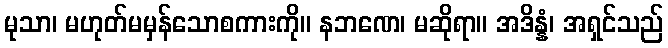
မုသာ၊ မဟုတ်မမှန်သောစကားကို။ နဘဏေ၊ မဆိုရာ။ အဒိန္နံ၊ အရှင်သည်